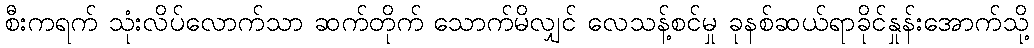
စီးကရက် သုံးလိပ်လောက်သာ ဆက်တိုက် သောက်မိလျှင် လေသန့်စင်မှု ခုနစ်ဆယ်ရာခိုင်နှုန်းအောက်သို့